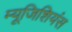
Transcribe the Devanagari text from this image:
म्यूजिशियंस